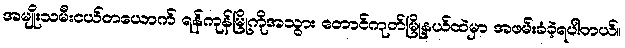
အမျိုးသမီးငယ်တယောက် ရန်ကုန်မြို့ကိုအသွား တောင်ကုတ်မြို့နယ်ထဲမှာ အဖမ်းခံခဲ့ရပါတယ်။